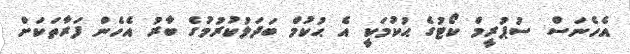
އެހެނަސް ސުޕުރީމް ކޯޓުގެ ޙުކުމަކީ އެ ޙުކުމް ބަދަލުކުރުމުގެ ބާރު އެހެން ފަރާތަކަށް